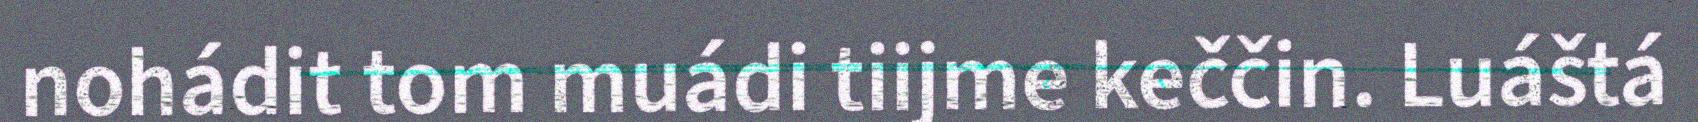
nohádit tom muádi tiijme keččin. Luáštá